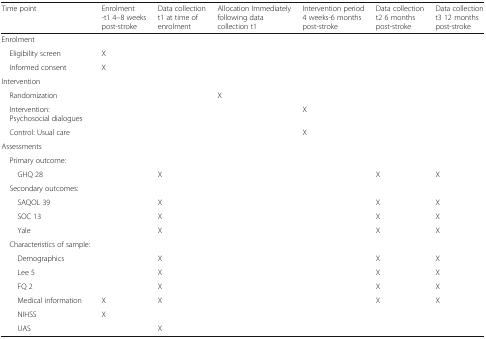
| Time point | Enrolment -t1 4–8 weeks post-stroke | Data collection t1 at time of enrolment | Allocation Immediately following data collection t1 | Intervention period 4 weeks-6 months post-stroke | Data collection t2 6 months post-stroke | Data collection t3 12 months post-stroke |
 | --- | --- | --- | --- | --- | --- | --- |
 | <COLSPAN=7> Enrolment |
 | Eligibility screen | X |  |  |  |  |  |
 | Informed consent | X |  |  |  |  |  |
 | <COLSPAN=7> Intervention |
 | Randomization |  |  | X |  |  |  |
 | Intervention: Psychosocial dialogues |  |  |  | X |  |  |
 | Control: Usual care |  |  |  | X |  |  |
 | <COLSPAN=7> Assessments |
 | Primary outcome: |  |  |  |  |  |  |
 | GHQ 28 |  | X |  |  | X | X |
 | Secondary outcomes: |  |  |  |  |  |  |
 | SAQOL 39 |  | X |  |  | X | X |
 | SOC 13 |  | X |  |  | X | X |
 | Yale |  | X |  |  | X | X |
 | Characteristics of sample: |  |  |  |  |  |  |
 | Demographics |  | X |  |  | X | X |
 | Lee 5 |  | X |  |  | X | X |
 | FQ 2 |  | X |  |  | X | X |
 | Medical information | X | X |  |  | X | X |
 | NIHSS | X |  |  |  |  |  |
 | UAS |  | X |  |  |  |  |